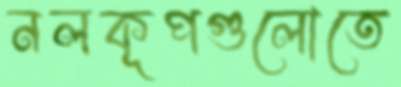
নলকূপগুলোতে